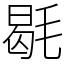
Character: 毼